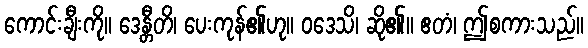
ကောင်းချီးကို။ ဒေန္တီတိ၊ ပေးကုန်၏ဟု။ ဝဒေသိ၊ ဆို၏။ ဧတံ၊ ဤစကားသည်။